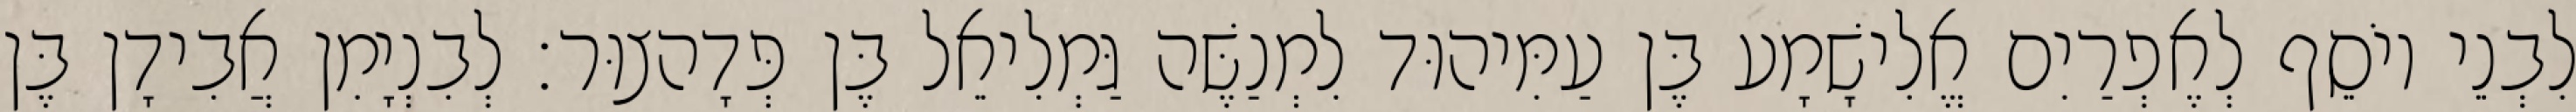
לִבְנֵי יוֹסֵף לְאֶפְרַיִם אֱלִישָׁמָע בֶּן עַמִּיהוּד לִמְנַשֶּׁה גַּמְלִיאֵל בֶּן פְּדָהצוּר׃ לְבִנְיָמִן אֲבִידָן בֶּן